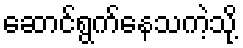
ဆောင်ရွက်နေသကဲ့သို့